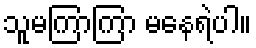
သူမကြာကြာ မနေရဲပါ။